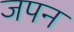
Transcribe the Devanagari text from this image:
जपन